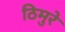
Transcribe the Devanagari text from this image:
ठिमुरे